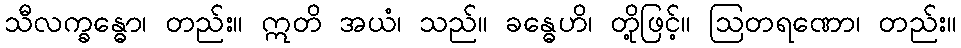
သီလက္ခန္ဓော၊ တည်း။ ဣတိ အယံ၊ သည်။ ခန္ဓေဟိ၊ တို့ဖြင့်။ ဩတရဏော၊ တည်း။